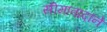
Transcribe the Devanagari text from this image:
सीमावादाने